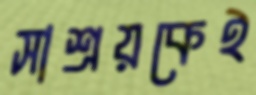
সাশ্রয়কেই